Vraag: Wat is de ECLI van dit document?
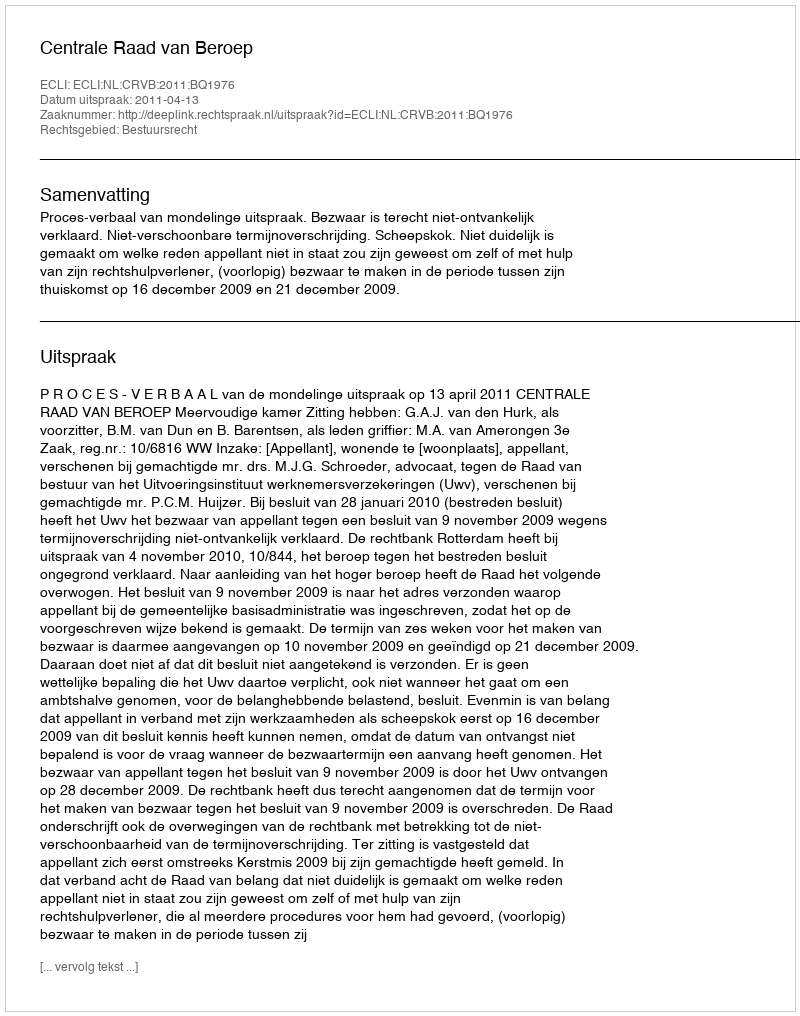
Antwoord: ECLI:NL:CRVB:2011:BQ1976